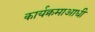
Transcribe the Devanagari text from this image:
कार्यक्रमाआधी